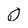
Character: Q